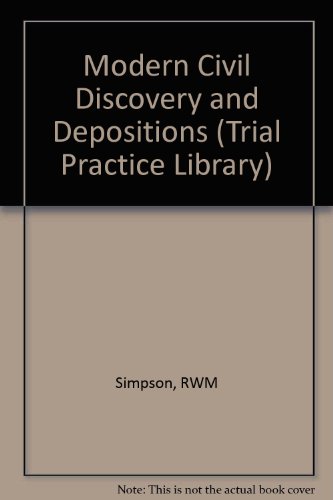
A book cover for Civil Discovery and Depositions (Trial Practice Library); Reagan William Simpson; Law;